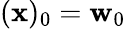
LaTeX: (\mathbf{x})_{0}=\mathbf{w}_{0}